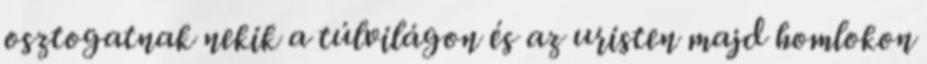
osztogatnak nekik a túlvilágon és az uristen majd homlokon